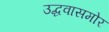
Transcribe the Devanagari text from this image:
उद्धवासमोर